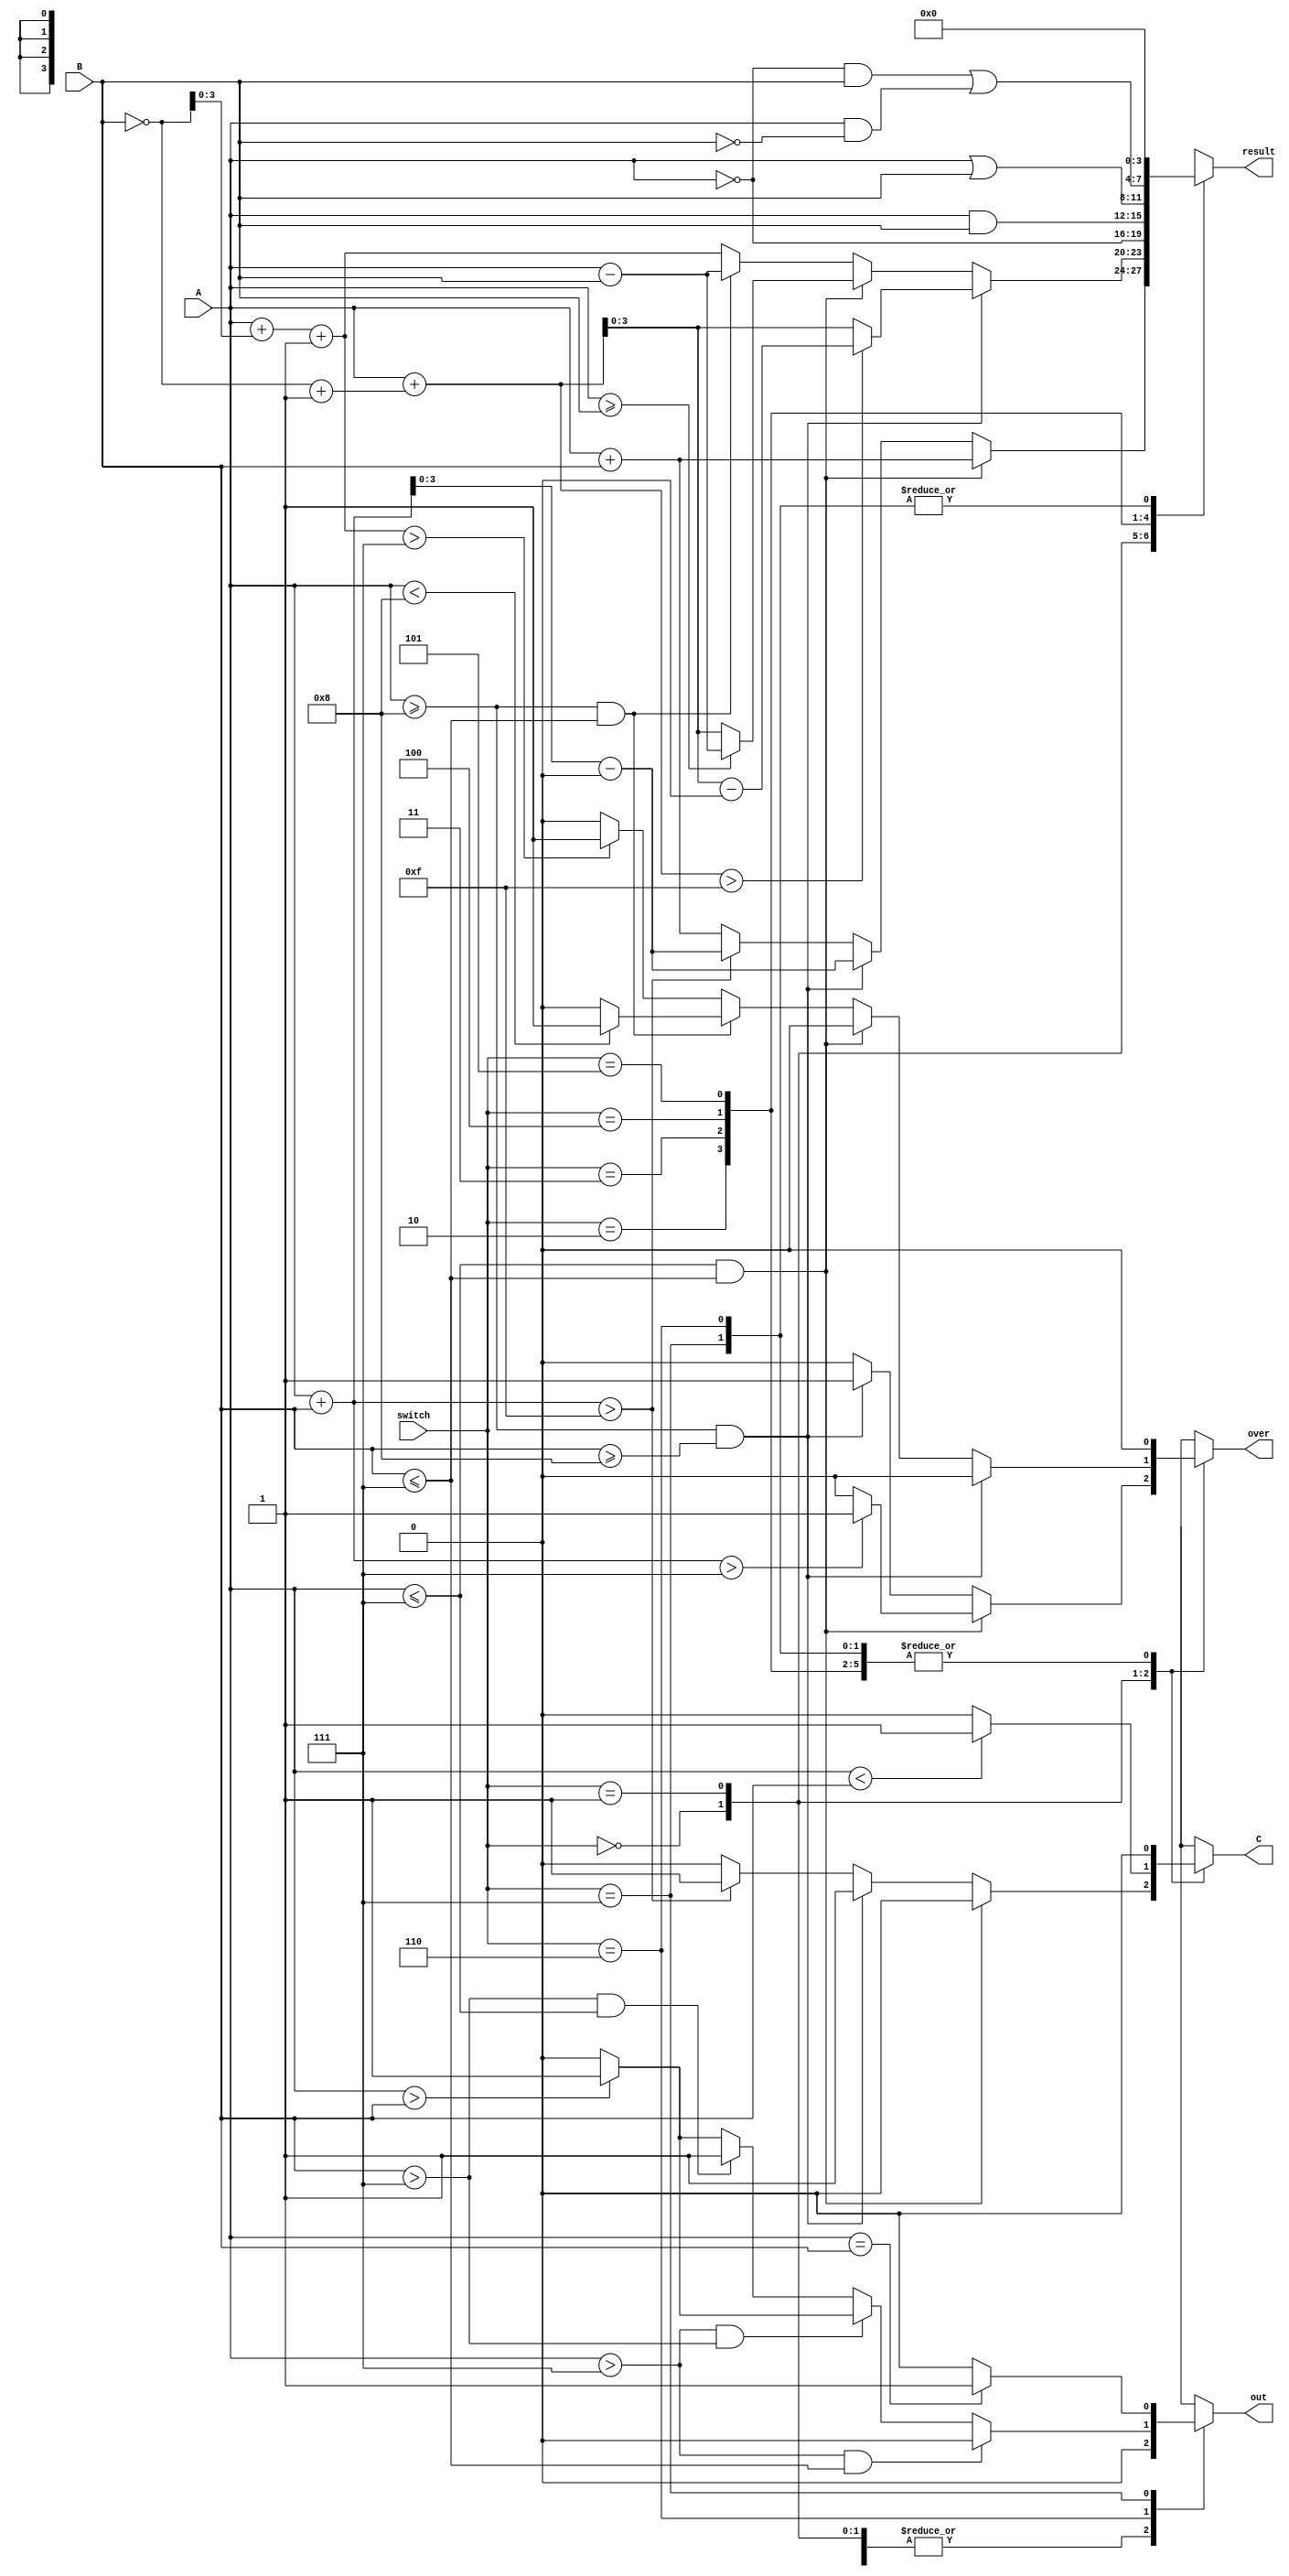
module ALU(A,B,switch,result,out,over,C);
	input [3:0]A;
	input [3:0]B;
	input [2:0]switch;
	output reg [3:0]result;
	output reg out;
	output reg over;
	output reg C;
	
	always @(A or B or switch)begin
		out = 0;
		result = 0;
		over = 0;
		C = 0;
		case(switch)
			0:begin
			if(A <= 7 && B <= 7)begin
				if(A + B > 7)begin
					over = 1;
				end
				result = A + B;
			end
			else if(A >= 8 && B >= 8)begin
				over = 1;
				C = 1;
				result = A + B - 16;
			end
			else begin
				if(A + B > 15)begin
					result = A + B - 16;
					//over = 1;
					C = 1;
				end
				else result = A + B;
			end
		  end
			1:begin
			if(A < B) 
				C = 1;
			else C = 0;
			if(A >= 8 && B >= 8)begin
				if(A + (~B+1) > 15)begin
					result = A + (~B+1) - 16;
					
				end
				else
					result = A + (~B+1);
			end
			else if(A <= 7 && B <= 7)begin
				if(A >= B)
					result = A - B;
				else begin
					
					result = A + (~B+1);
					end
			end
			else if(A >= 8 && B <= 7)begin
				result = A - B;
				if(A < 8)
					over = 1;
				
			end
			else begin
				result = A + ~B + 1;
				if(result > 7)
						over = 1;
				//result = A + ~B + 1;
			end
		  end
			2:result = ~A;
			3:result = A & B;
			4:result = A | B;
			5:result = (~A&B) | (A&~B); 
			6:begin
				if(A > 7 && B <= 7)
					out = 0;
				else if(A > 7 && B > 7)begin
					if(A > B)
						out = 1;
					else out = 0;
				end
				else if(B > 7 && A <= 7)
					out = 1;
				else begin
					if(A >B)
						out = 1;
					else
						out = 0;
				end
			end
			7:begin if(A == B) out = 1; else out = 0; end
		endcase
	end
	
endmodule